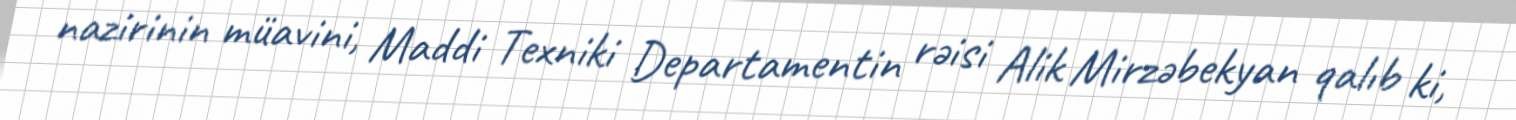
nazirinin müavini, Maddi Texniki Departamentin rəisi Alik Mirzəbekyan qalıb ki,